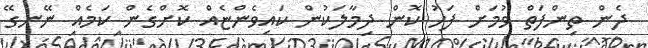
ދެން ތިންފަތް ވުމަށް ފަހު ކޮން ދިމާލަކުން ކައިވެންޏެއް ކޮށްގެން ކަމެއް ނޭނގޭ